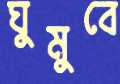
ঘুমুবে